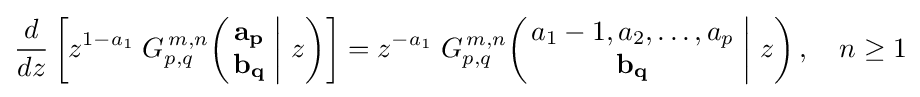
{\frac {d}{dz}}\left[z^{1-a_{1}}\;G_{p,q}^{\,m,n}\!\left(\left.{\begin{matrix}\mathbf {a_{p}} \\\mathbf {b_{q}} \end{matrix}}\;\right|\,z\right)\right]=z^{-a_{1}}\;G_{p,q}^{\,m,n}\!\left(\left.{\begin{matrix}a_{1}-1,a_{2},\dots ,a_{p}\\\mathbf {b_{q}} \end{matrix}}\;\right|\,z\right),\quad n\geq 1